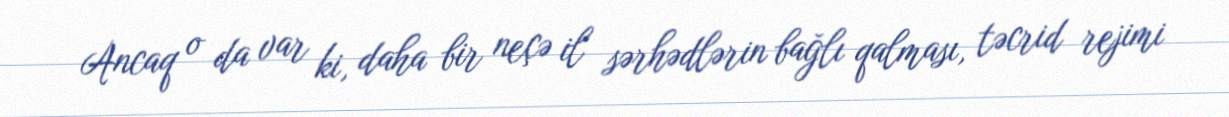
Ancaq o da var ki, daha bir neçə il sərhədlərin bağlı qalması, təcrid rejimi